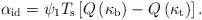
LaTeX: \begin{align*}\alpha_{\rm id}=\psi_{1}T_{\rm s} \left[Q\left(\kappa_{\rm b}\right)-Q\left(\kappa_{\rm t}\right)\right].\end{align*}